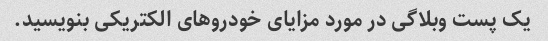
یک پست وبلاگی در مورد مزایای خودروهای الکتریکی بنویسید.